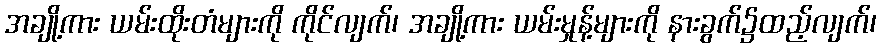
အချို့ကား ယမ်းထိုးတံများကို ကိုင်လျက်၊ အချို့ကား ယမ်းမှုန့်များကို နားခွက်၌ထည့်လျက်၊